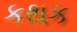
કથક